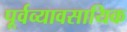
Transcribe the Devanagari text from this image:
पूर्वव्यावसायिक